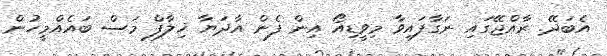
އެބަދޭ. ރާއްޖޭގައި ނަގާފައިވާ މިވީޑިއޯ އިން ފެން އާދަޔާ ޚިލާފް މަސް ބައެއްމީހުން